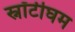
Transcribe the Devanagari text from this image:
स्नॉटीघम